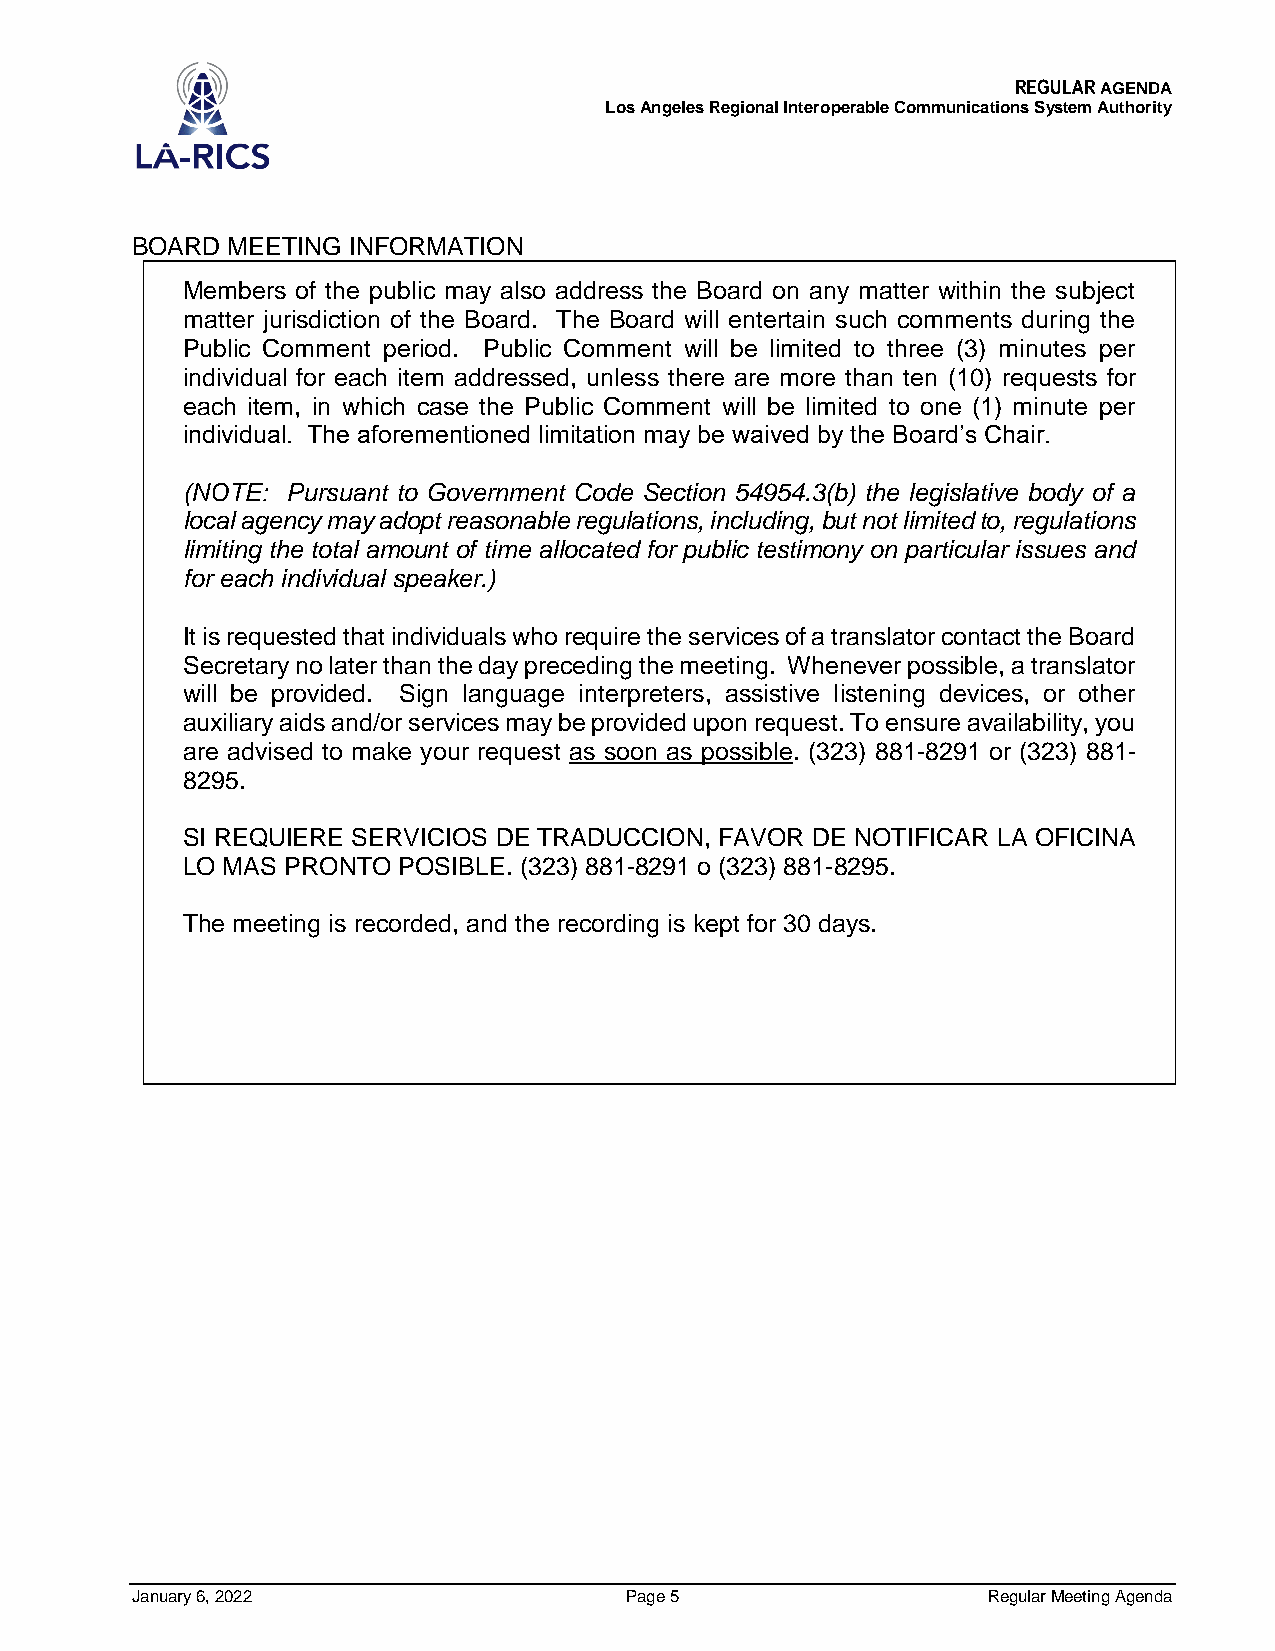
REGULAR AGENDA
 Los Angeles Regional Interoperable Communications System Authority
 BOARD MEETING INFORMATION
 Members of the public may also address the Board on any matter within the subject
 matter jurisdiction of the Board. The Board will entertain such comments during the
 Public Comment period. Public Comment will be limited to three (3) minutes per
 individual for each item addressed, unless there are more than ten (10) requests for
 each item, in which case the Public Comment will be limited to one (1) minute per
 individual. The aforementioned limitation may be waived by the Board’s Chair.
 (NOTE: Pursuant to Government Code Section 54954.3(b) the legislative body of a
 local agency may adopt reasonable regulations, including, but not limited to, regulations
 limiting the total amount of time allocated for public testimony on particular issues and
 for each individual speaker.)
 It is requested that individuals who require the services of a translator contact the Board
 Secretary no later than the day preceding the meeting. Whenever possible, a translator
 will be provided. Sign language interpreters, assistive listening devices, or other
 auxiliary aids and/or services may be provided upon request. To ensure availability, you
 are advised to make your request as soon as possible. (323) 881-8291 or (323) 881-
 8295.
 SI REQUIERE SERVICIOS DE TRADUCCION, FAVOR DE NOTIFICAR LA OFICINA
 LO MAS PRONTO POSIBLE. (323) 881-8291 o (323) 881-8295.
 The meeting is recorded, and the recording is kept for 30 days.
 January 6, 2022                 Page 5                  Regular Meeting Agenda